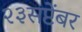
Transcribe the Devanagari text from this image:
२३सप्टेंबर